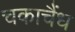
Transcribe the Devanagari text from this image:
चकाचैंध